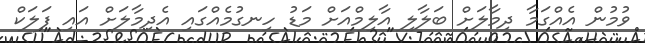
ވުމުން އެއްގަމާ ދިމާލަށް ބަލާލި އާލިމްއަށް މަޑު ހިނގުމެއްގައި އެދިމާލަށް އައި ފަލަކް